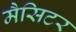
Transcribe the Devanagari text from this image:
मैसिटर